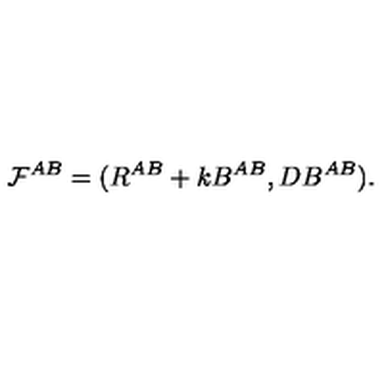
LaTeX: { \cal F } ^ { A B } = ( R ^ { A B } + k B ^ { A B } , D B ^ { A B } ) .